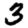
Digit: 3